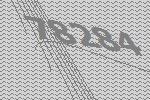
78284